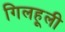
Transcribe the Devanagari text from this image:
गिलहूली